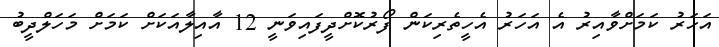
އަހަރު ކަމަށްވާއިރު އެ އަހަރު އެހީތެރިކަން ފޯރުކޮށްދީފައިވަނީ 12 އާއިލާއަކަށް ކަމަށް މަހަލްދީބު